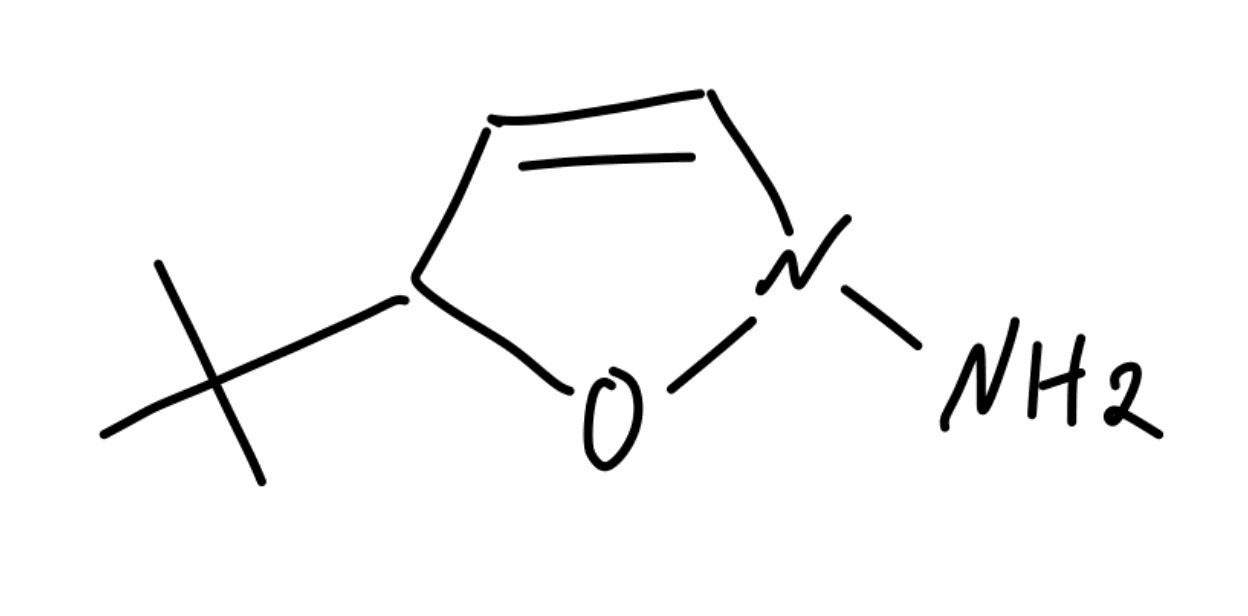
Simplified molecular-input line-entry system (SMILES) notation of the given molecule:
CC(C)(C)C1C=CN(O1)N